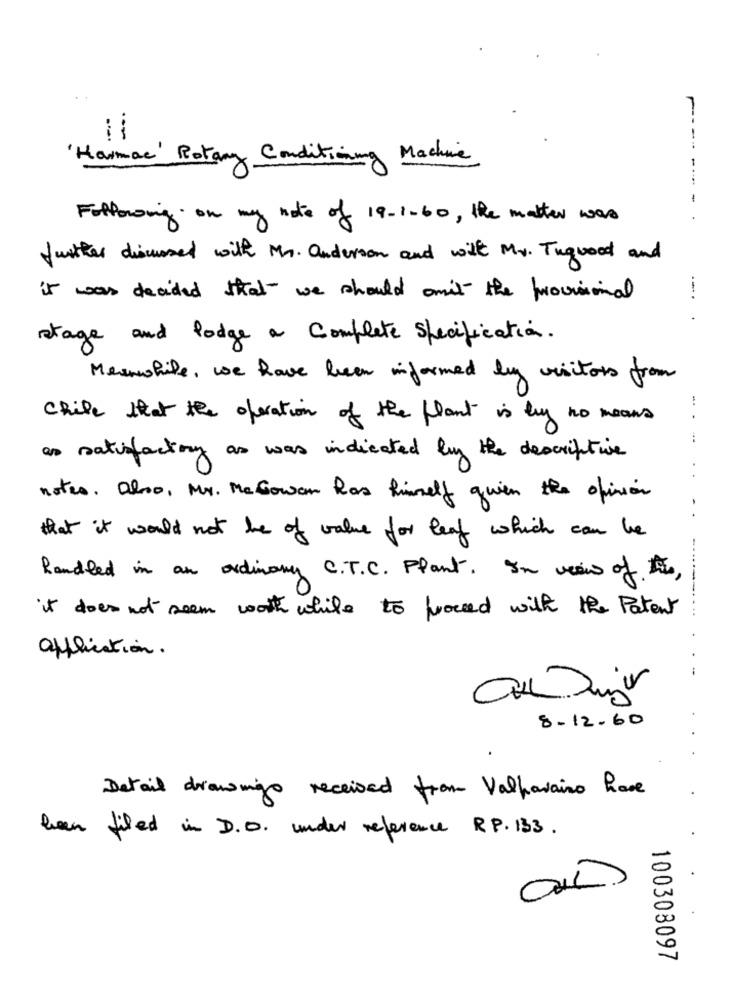
1 ---
Haimac' Botany Conditioning Machine
.....
-
Following on my note of 19-1-60, the matter was
further discussed with Mr. anderson and with My. Tugood and
it was decided that we should can't the provisional
stage and lodge a Complete Specification.
Meanwhile, we have been informed by visitors from
-
Chile that the operation of the plant is by no means
as satisfactory as was indicated by the descriptive
notes. Also, Mr. McGowan has himself quien the opinion
that it would not be of value for leaf which can be
handled in an ordinary C.T.C. Plant. In view of the,
it does not seem worth while to proced with the Patent
---....
application.
--
8-12-60
Detail drawingo received from Valparaiso have
been filed in D.O. under reference RP. 133 .
100303097